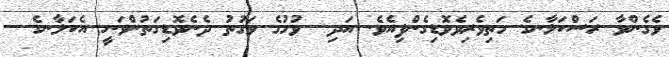
ވެގެންވާ ރަސްކަލާނގެ މަތިވެރިވެވޮޑިގެންފިއެވެ. އަދި  ވުމުގެ ވަގުތު ދެނެވޮޑިގަތުންވަނީ އެކަލާނގެ